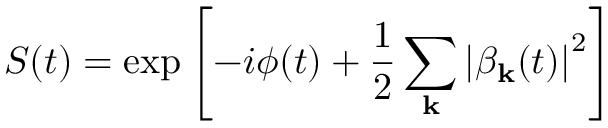
S ( t ) = \exp \left[ - i \phi ( t ) + \frac { 1 } { 2 } \sum _ { \mathbf { k } } \left| \beta _ { \mathbf { k } } ( t ) \right| ^ { 2 } \right]